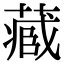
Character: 𮐼